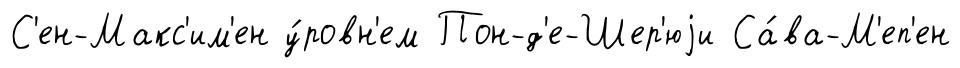
С'ен-Макс'им'ен у́ровн'ем Пон-д'е-Шер'юjи Са́ва-М'еп'ен